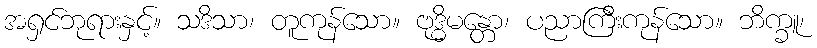
အရှင်ဘုရားနှင့်။ သဒိသာ၊ တူကုန်သော။ ဗုဒ္ဓိမန္တော၊ ပညာကြီးကုန်သော။ ဘိက္ခူ၊